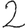
Digit: 2